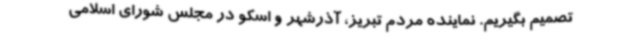
تصمیم بگیریم. نماینده مردم تبریز، آذرشهر و اسکو در مجلس شورای اسلامی